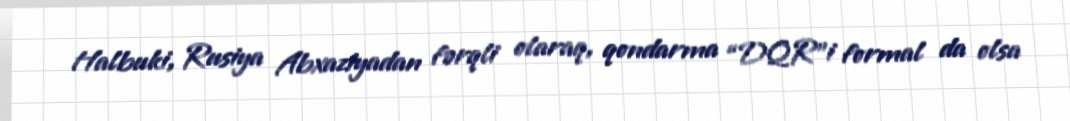
Halbuki, Rusiya Abxaziyadan fərqli olaraq, qondarma “DQR”i formal da olsa